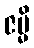
ဇမ္မိ